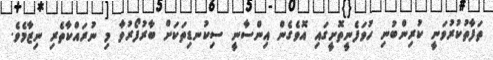
ތަފާތުކުރުވަނީ ކުރިންބުނި ހުވަފެނީތޮށީގައި އޮވެގެން އިންސާނީ ސިކުނޑިތަކަށް ބާރުފޯރުވާ މި ނުރައްކާތެރި ނިޒާމެވެ.